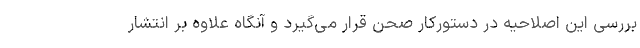
بررسی این اصلاحیه در دستورکار صحن قرار می‌گیرد و آنگاه علاوه بر انتشار